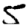
Digit: 5